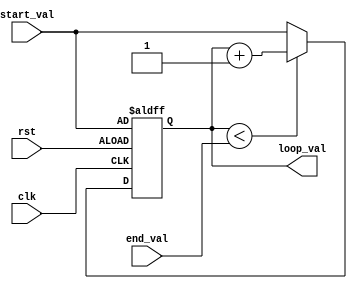
module dynamic_range_loop(
    input [7:0] start_val,
    input [7:0] end_val,
    input clk,
    input rst,
    output reg [7:0] loop_val
);

always @(posedge clk or posedge rst) begin
    if (rst) begin
        loop_val <= start_val;
    end else begin
        if (loop_val < end_val) begin
            loop_val <= loop_val + 1;
        end else begin
            loop_val <= start_val;
        end
    end
end

endmodule